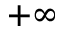
+ \infty